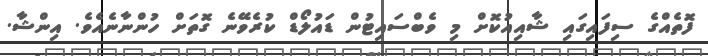
ފޮތެއްގެ ސިފައިގައި ޝާއިއުކޮށް މި ވެބްސައިޓުން ޑައުލޯޑް ކުރެވޭނެ ގޮތަށް ހުންނާނެއެވެ. އިންޝާ.